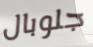
جلوبال